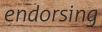
endorsing